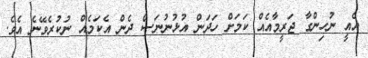
އެއީ ނުހިންގާ ޖަރީމާއެއް ކަމަށް ހަދަން އުޅުނުނަސް ދެން އެކަމެއް ނުކުރެވޭނެ އެވެ.